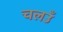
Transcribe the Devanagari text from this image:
चलउँ